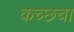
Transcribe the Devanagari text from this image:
कच्छचा